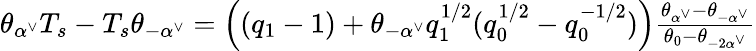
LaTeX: \begin{array}{r}{\theta_{\alpha^{\vee}}T_{s}-T_{s}\theta_{-\alpha^{\vee}}=\left((q_{1}-1)+\theta_{-\alpha^{\vee}}q_{1}^{1/2}(q_{0}^{1/2}-q_{0}^{-1/2})\right)\frac{\theta_{\alpha^{\vee}}-\theta_{-\alpha^{\vee}}}{\theta_{0}-\theta_{-2\alpha^{\vee}}}}\end{array}